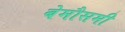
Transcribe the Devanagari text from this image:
बेमौसमी